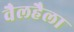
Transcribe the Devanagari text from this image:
वैलहैला